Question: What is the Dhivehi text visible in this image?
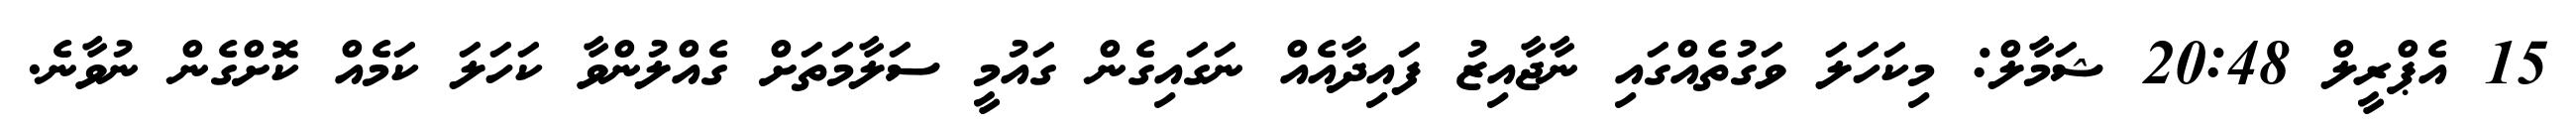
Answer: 15 އެޕްރީލް 20:48 ޝަމާލް: މިކަހަލަ ވަގުތެއްގައި ނާޖާއިޒު ފައިދާއެއް ނަގައިގެން ގައުމީ ސަލާމަތަށް ގެއްލުންވާ ކަހަލަ ކަމެއް ކޮށްގެން ނުވާނެ.